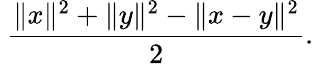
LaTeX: \ {\frac{\| x\| ^{2}+\| y\| ^{2}-\| x-y\| ^{2}}{2}}.